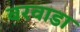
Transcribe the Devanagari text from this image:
बरवाडा